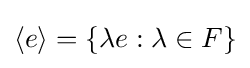
\langle e\rangle =\{\lambda e:\lambda \in F\}